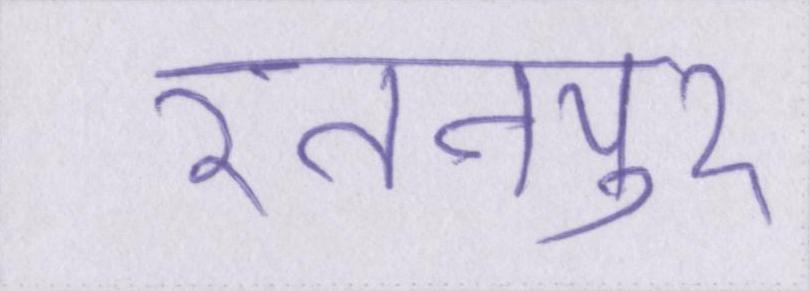
रतनपुर